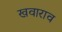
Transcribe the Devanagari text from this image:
खवाराव